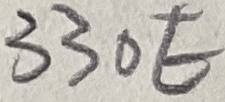
Text: 330E